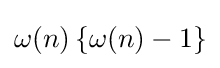
\omega (n)\left\{\omega (n)-1\right\}